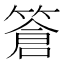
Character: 篬